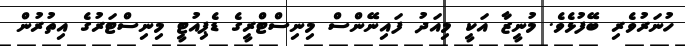
ހުނަރުވެރި ބޭފުޅެވެ. މުނީޒާ އަކީ މިއަދު ފައިނޭންސް މިނިސްޓްރީގެ ޑެޕިއުޓީ މިނިސްޓަރުގެ އިތުރުން